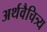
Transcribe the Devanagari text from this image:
अर्थवैचित्र्य